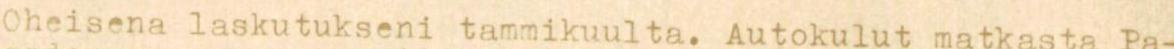
Oheisena laskutukseni tammikuulta. Autokulut matkasta Pa-